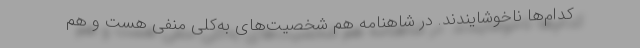
کدام‌ها ناخوشایندند. در شاهنامه هم شخصیت‌های به‌کلی منفی هست و هم